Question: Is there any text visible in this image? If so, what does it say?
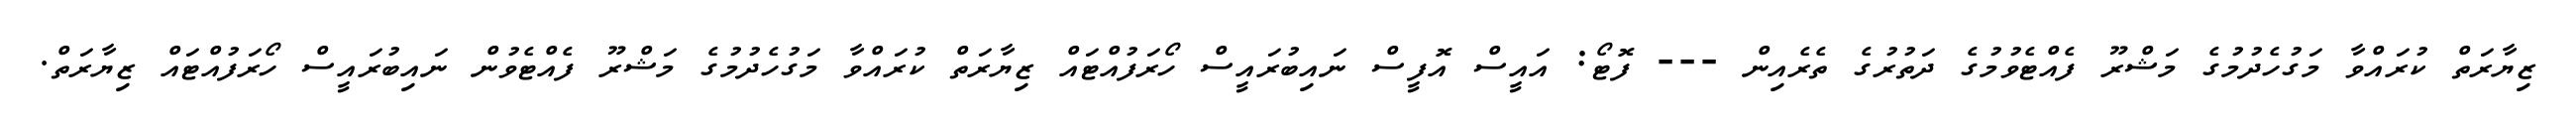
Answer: ޒިޔާރަތް ކުރައްވާ މަގުހެދުމުގެ މަޝްރޫ ފެއްޓެވުމުގެ ދަތުރުގެ ތެރެއިން --- ފޮޓޯ: އައީސް އޮފީސް ނައިބުރައީސް ހޯރަފުއްޓައް ޒިޔާރަތް ކުރައްވާ މަގުހެދުމުގެ މަޝްރޫ ފެއްޓެވުން ނައިބުރައީސް ހޯރަފުއްޓައް ޒިޔާރަތް.